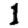
Digit: 1